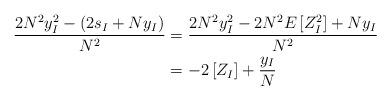
LaTeX: \begin{align*}\frac{2N^{2}y_{I}^{2}-\left( 2s_{I}+Ny_{I}\right) }{N^{2}} & =\frac{2N^{2}y_{I}^{2}-2N^{2}E\left[ Z_{I}^{2}\right] +Ny_{I}}{N^{2}}\\& =-2\left[ Z_{I}\right] +\frac{y_{I}}{N}\end{align*}